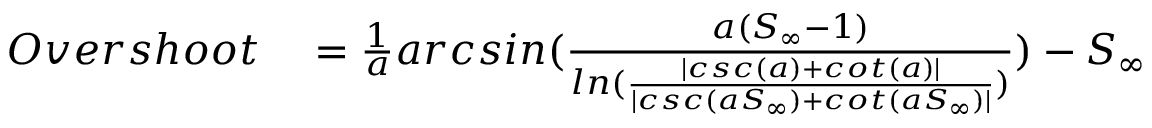
\begin{array} { r l } { O v e r s h o o t } & { { } = \frac { 1 } { a } a r c s i n ( \frac { a ( S _ { \infty } - 1 ) } { l n ( \frac { | c s c ( a ) + c o t ( a ) | } { | c s c ( a S _ { \infty } ) + c o t ( a S _ { \infty } ) | } ) } ) - S _ { \infty } } \end{array}